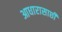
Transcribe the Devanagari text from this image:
आधारासाछी